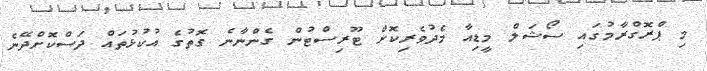
މި ޕްރޮގްރާމުގައި ސޯޝަލް މީޑިއާ މެދުވެރިކޮށް ޓޫރިސްޓުން ގެންނާނެ ގޮތުގެ އުކުޅުތައް ދަސްކޮށްދޭނެ